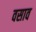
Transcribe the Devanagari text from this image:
वसाव